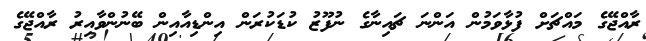
ރާއްޖޭގެ މައްޗަށް ފުޅާވަމުން އަންނަ ޗައިނާގެ ނުފޫޒު ކުޑަކުރަން އިންޑިއާއިން ބޭނުންވާއިރު ރާއްޖޭގެ